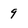
Character: 9